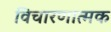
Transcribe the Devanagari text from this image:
विचारणात्मक